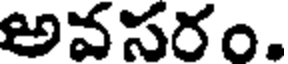
అవసరం.